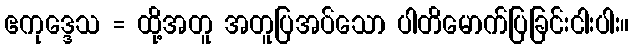
ဧကုဒ္ဒေသ = ထို့အတူ အတူပြအပ်သော ပါတိမောက်ပြခြင်းငါးပါး။